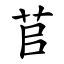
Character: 苢